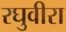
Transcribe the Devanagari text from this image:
रघुवीरा